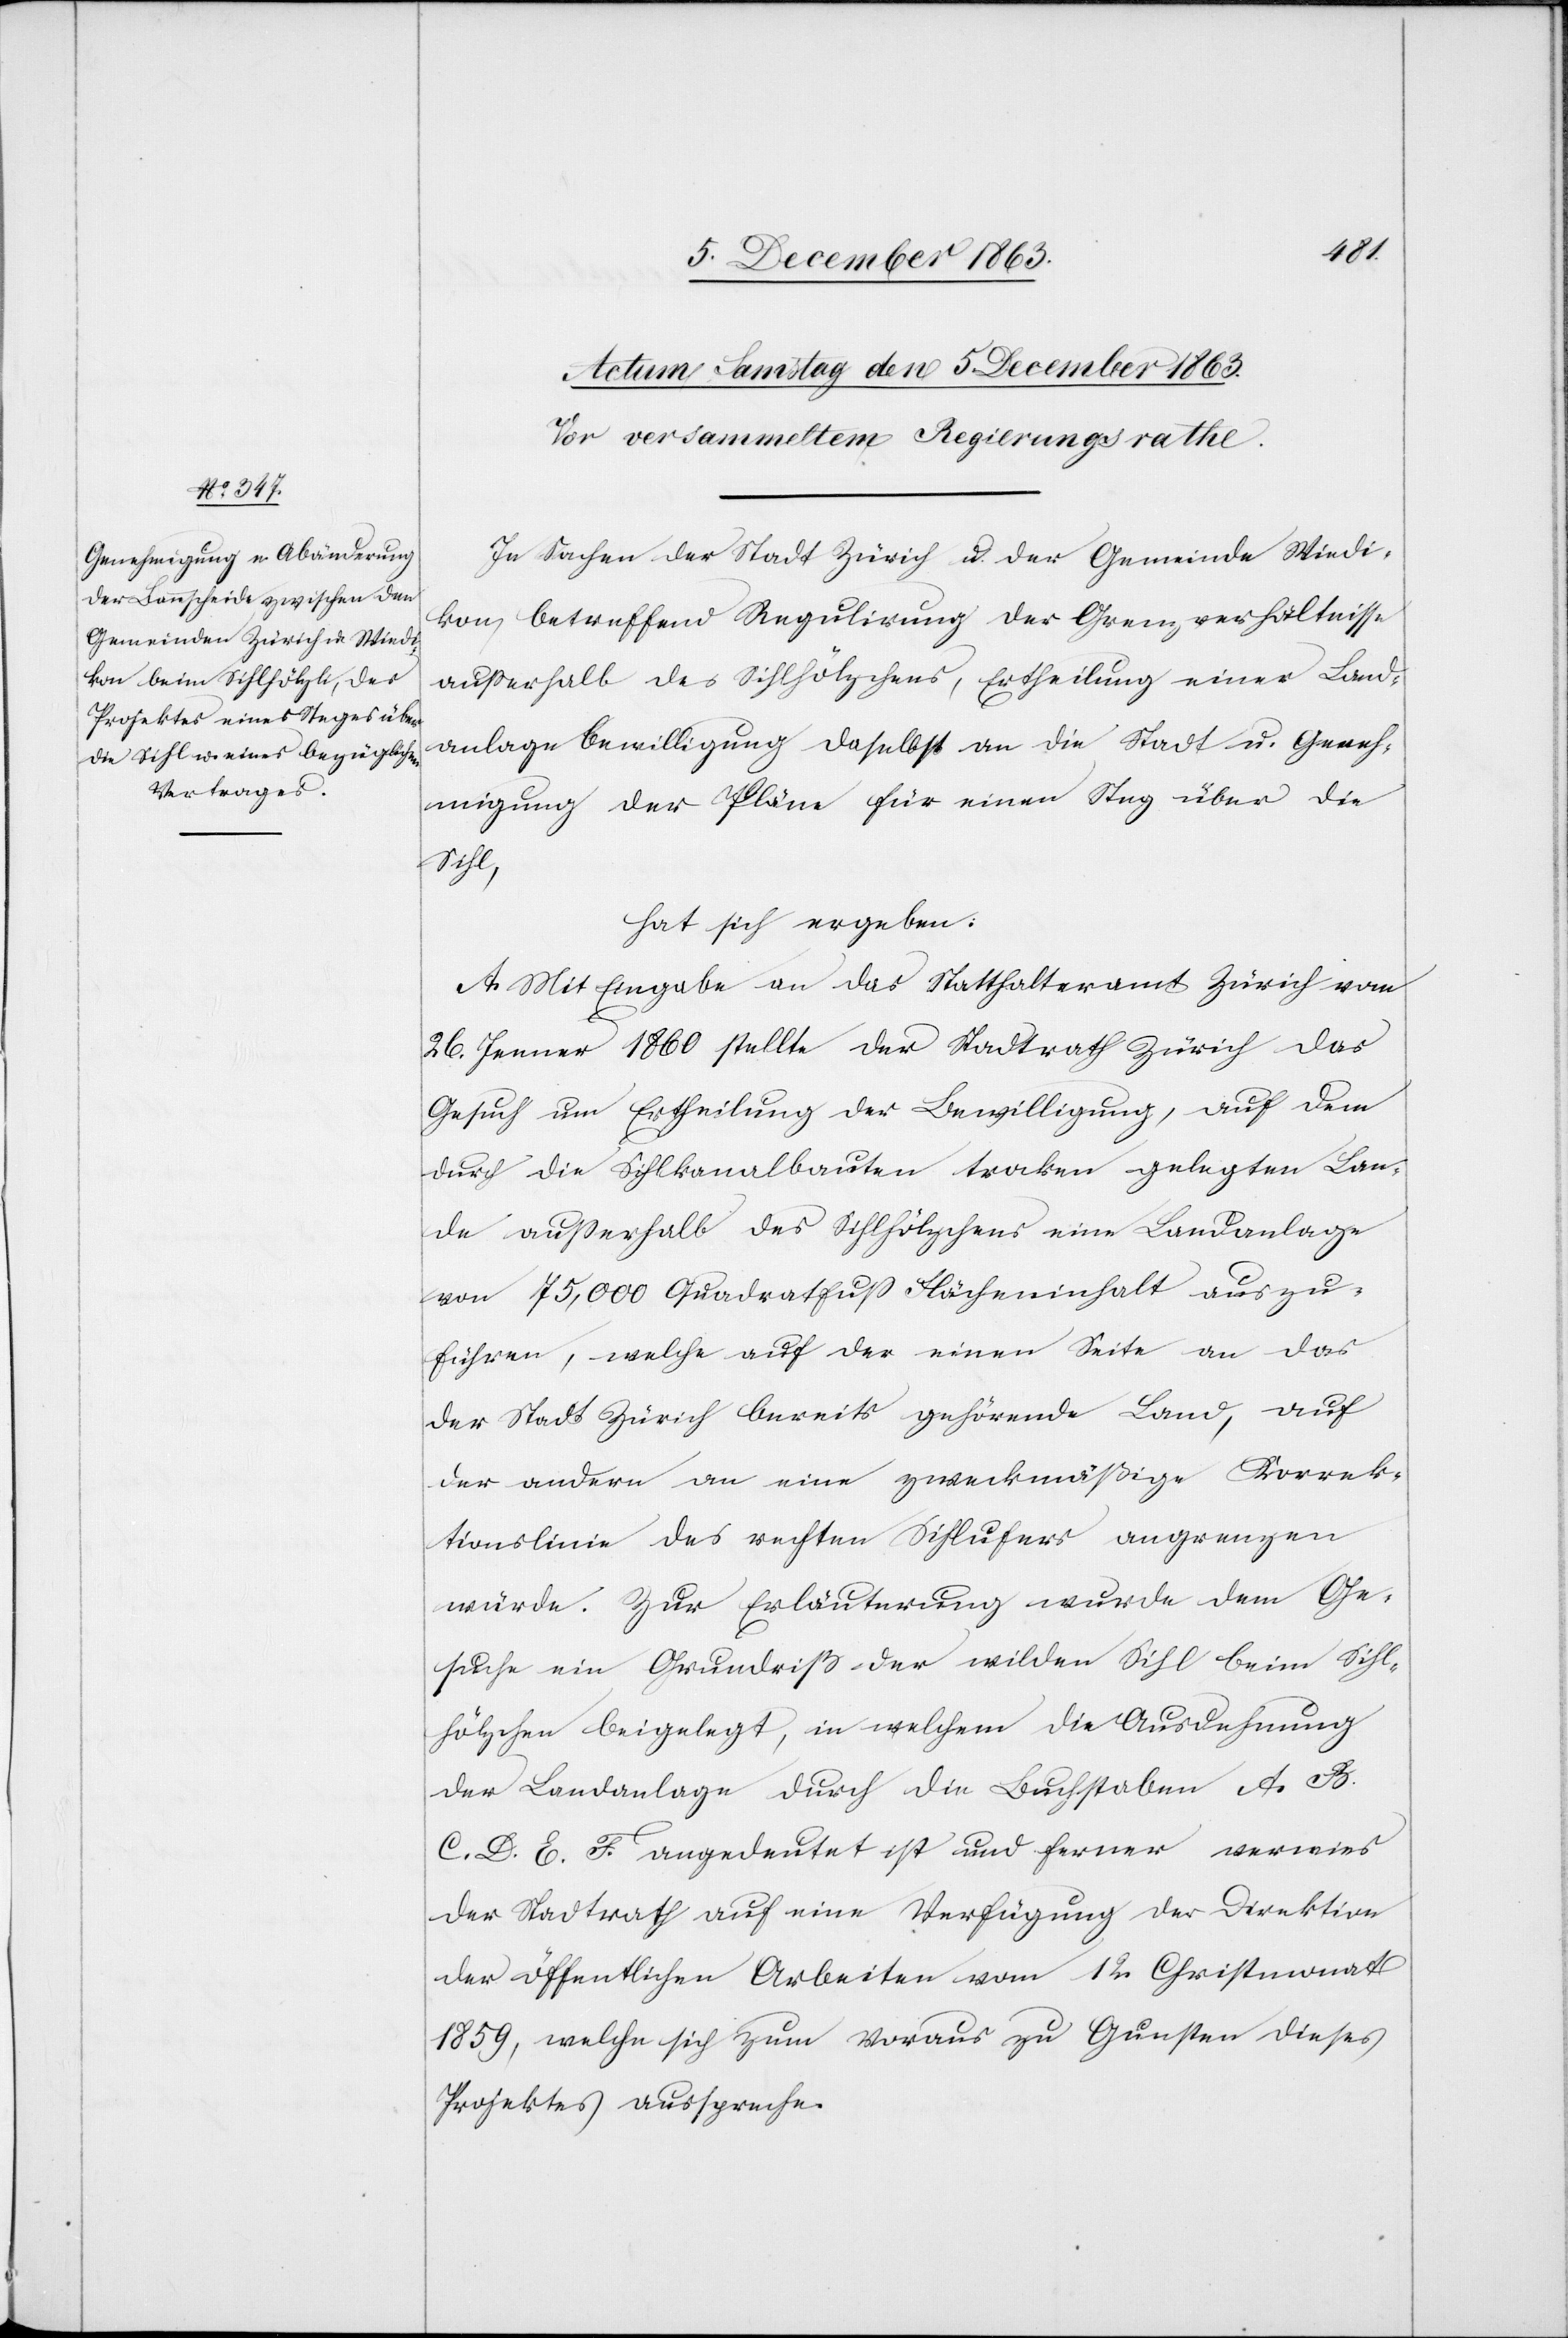
In Sachen der Stadt Zürich u. der Gemeinde Wiedi¬
kon, betreffend Regulirung der Grenzverhältnisse
ausserhalb des Sihlhölzchens, Ertheilung einer Land¬
anlagebewilligung daselbst an die Stadt u. Geneh¬
migung der Pläne für einen Steg über die
Sihl,
hat sich ergeben:
A. Mit Eingabe an das Statthalteramtes Zürich vom
26. Jenner 1860 stellte der Stadtrath Zürich das
Gesuch um Ertheilung der Bewilligung, auf dem
durch die Sihlkanalbauten trocken gelegten Lan¬
de ausserhalb des Sihlhölzchens eine Landanlage
von 75,000 Quadratfuss Flächeninhalt auszu¬
führen, welche auf der einen Seite an das
der Stadt Zürich bereits gehörende Land, auf
der andern an eine zweckmäßige Korrek¬
tionslinie des rechten Sihlufers angrenzen
würde. Zur Erläuterung wurde dem Ge¬
suche ein Grundriß der wilden Sihl beim Sihl¬
hölzchen beigelegt, in welchem die Ausdehnung
der Landanlage durch die Buchstaben A. B.
C. D. E. F. angedeutet ist und ferner verwies
der Stadtrath auf eine Verfügung der Direktion
der öffentlichen Arbeiten vom 12. Christmonat
1859, welche sich zum Voraus zu Gunsten dieses
Projektes ausspreche.